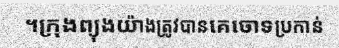
។ក្រុងព្យុងយ៉ាងត្រូវបានគេចោទប្រកាន់